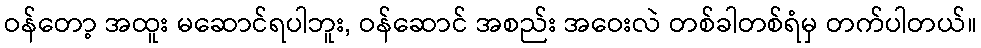
ဝန်တော့ အထူး မဆောင်ရပါဘူး, ဝန်ဆောင် အစည်း အဝေးလဲ တစ်ခါတစ်ရံမှ တက်ပါတယ်။